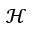
\mathcal { H }